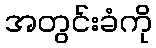
အတွင်းခံကို